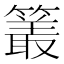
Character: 𮆜